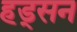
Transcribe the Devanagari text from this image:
हड्सन